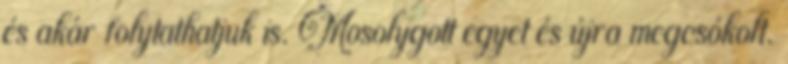
és akár folytathatjuk is. Mosolygott egyet és újra megcsókolt.